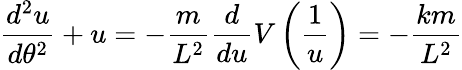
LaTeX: {\frac{d^{2}u}{d\theta^{2}}}+u=-{\frac{m}{L^{2}}}{\frac{d}{du}}V\left({\frac{1}{u}}\right)=-{\frac{km}{L^{2}}}